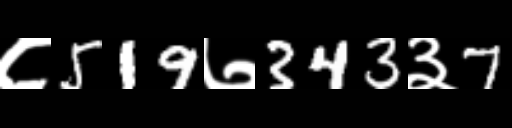
Text: ८519७343३7